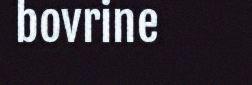
bovrine